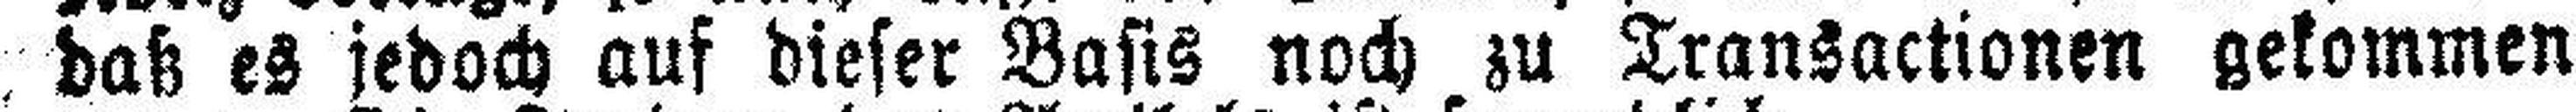
daß es jedoch auf dieser Basis noch zu Transactionen gekommen